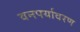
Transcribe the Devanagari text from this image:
वनपर्यावरण